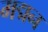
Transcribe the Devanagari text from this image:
मद्मन